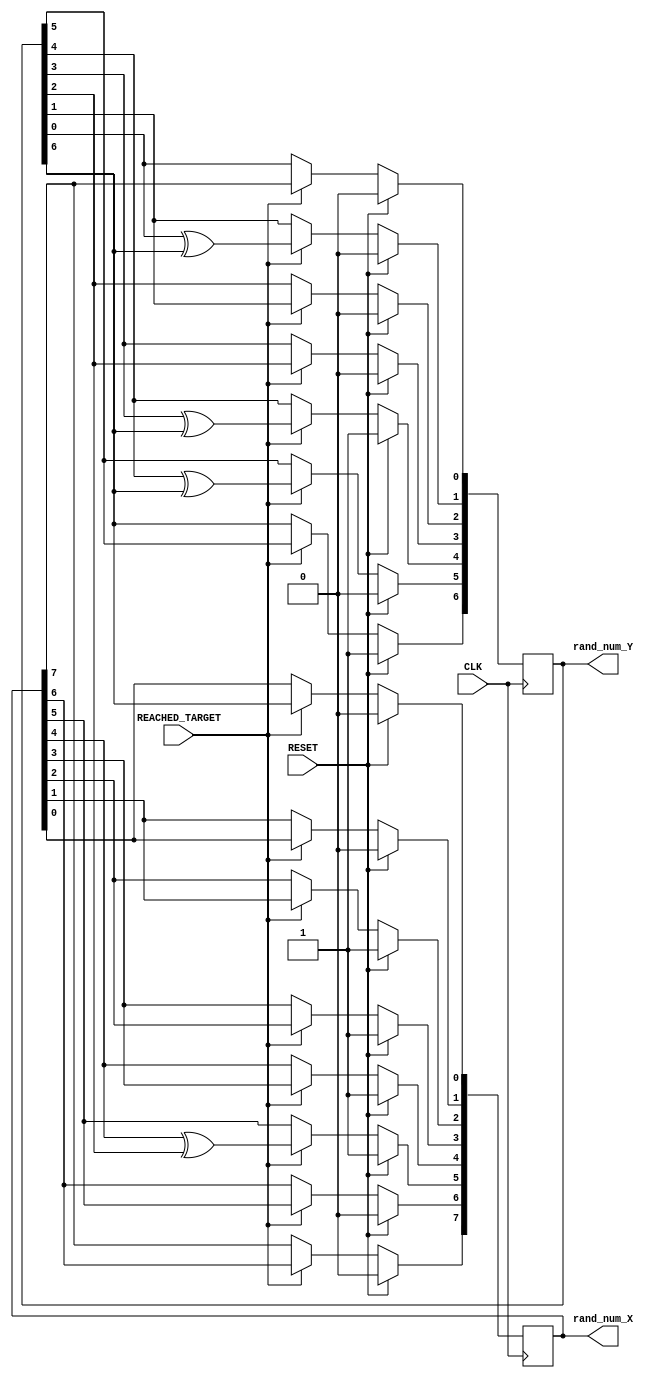
module Target_Generator(
    input                RESET,
    input                CLK,
    input                REACHED_TARGET,
    //input     [14:0]     seed,
    output    [7:0]     rand_num_X,
    output    [6:0]     rand_num_Y
    );
    
    reg  [7:0] number_X;
    reg  [6:0] number_Y;
    
    always@(posedge CLK) begin
        if (RESET)begin
            number_X  <= 60;
            number_Y  <= 80;
        end    
        else if (REACHED_TARGET) begin
          //  number_X  <= seed[7:0];
         //   number_Y  <= seed[14:8];
           // end
       // else begin
            number_X[0] <= number_Y[6];
            number_X[1] <= number_X[0];
            number_X[2] <= number_X[1];
            number_X[3] <= number_X[2];
            number_X[4] <= number_X[3];
            number_X[5] <= number_X[4]^number_Y[2];
            number_X[6] <= number_X[5];
            number_X[7] <= number_X[6];
            number_Y[0] <= number_X[7];
            number_Y[1] <= number_Y[0]^number_Y[6];
            number_Y[2] <= number_Y[1];
            number_Y[3] <= number_Y[2];
            number_Y[4] <= number_Y[3]^number_Y[6];
            number_Y[5] <= number_Y[4]^number_Y[6];
            number_Y[6] <= number_Y[5];

            end
        end
        
    assign rand_num_X = number_X;
    assign rand_num_Y = number_Y;
            
endmodule